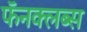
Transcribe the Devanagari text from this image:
फॅनक्लब्स